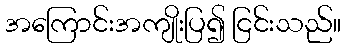
အကြောင်းအကျိုးပြ၍ ငြင်းသည်။